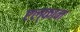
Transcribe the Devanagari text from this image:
एल्कान